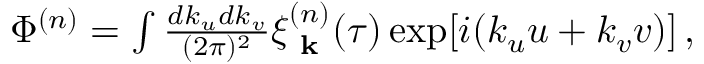
\begin{array} { r } { \Phi ^ { ( n ) } = \int \frac { d k _ { u } d k _ { v } } { ( 2 \pi ) ^ { 2 } } \xi _ { \textbf { k } } ^ { ( n ) } ( \tau ) \exp [ i ( k _ { u } u + k _ { v } v ) ] \, , } \end{array}